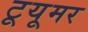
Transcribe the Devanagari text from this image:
टूयूमर